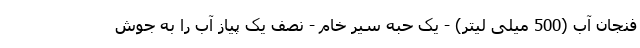
فنجان آب (500 میلی لیتر) - یک حبه سیر خام - نصف یک پیاز آب را به جوش